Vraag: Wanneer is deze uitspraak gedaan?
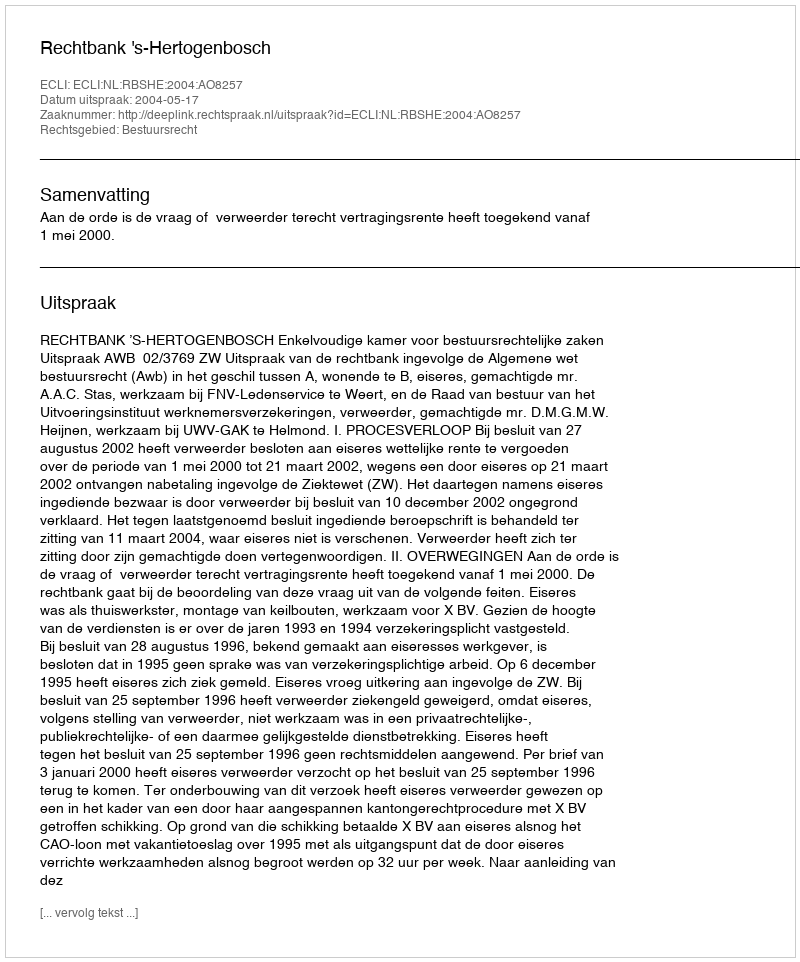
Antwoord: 2004-05-17